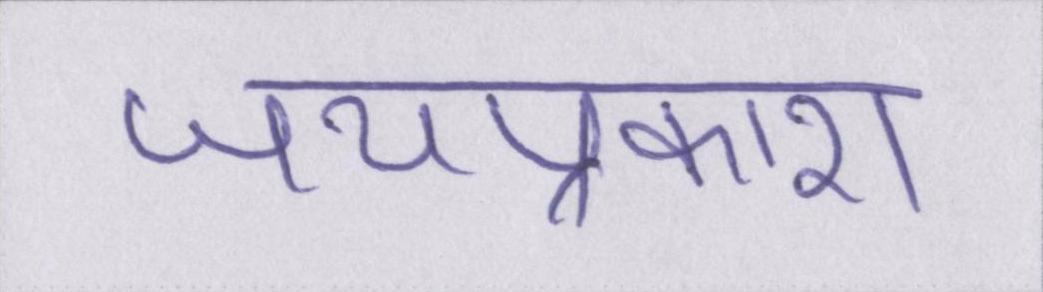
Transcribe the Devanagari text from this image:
जयप्रकाश